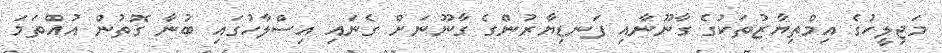
މަޖިލީހުގެ އިމްތިޔާޒުތަކުގެ ގާނޫނާއި ފަނޑިޔާރުންގެ ގާނޫނަށް ގެނައި އިސްލާހުގައި ބުނާ ގޮތުން އުއްތަމަ